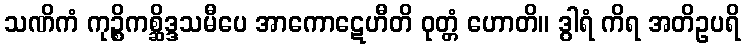
သဏိကံ ကုဉ္စိကစ္ဆိဒ္ဒသမီပေ အာကောဋေဟီတိ ဝုတ္တံ ဟောတိ။ ဒွါရံ ကိရ အတိဥပရိ